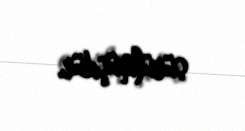
sürülmüşdür.